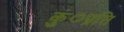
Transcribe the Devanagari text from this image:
कुं०प्रति